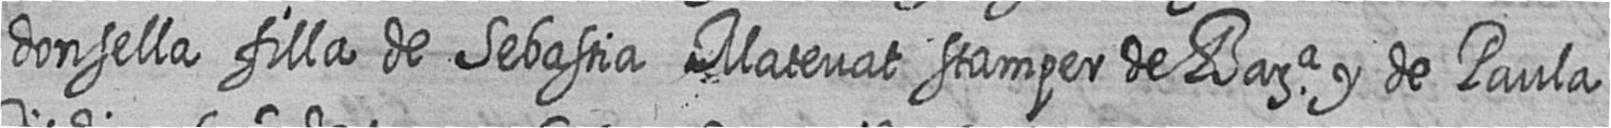
donsella filla de Sebastia Matevat stamper de Bara y de Paula